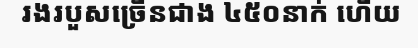
រងរបួសច្រើនជាង ៤៥០នាក់ ហើយ